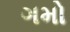
ગમો